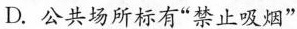
D.公共场所标有”禁止吸烟”